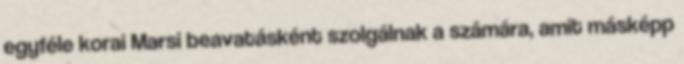
egyféle korai Marsi beavatásként szolgálnak a számára, amit másképp